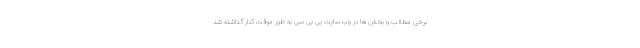
برخی مطالب و بخش ها در وب سایت بی بی سی به طور موقت کنار گذاشته شد